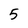
Character: 5